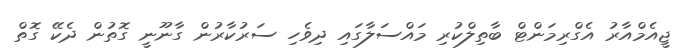
ޖީއެމްއާރު އެގްރިމަންޓް ބާތިލްކުރި މައްސަލާގައި ދިވެހި ސަރުކާރުން ގާނޫނީ ގޮތުން ދެކޭ ގޮތް